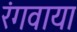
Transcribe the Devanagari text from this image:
रंगवाया